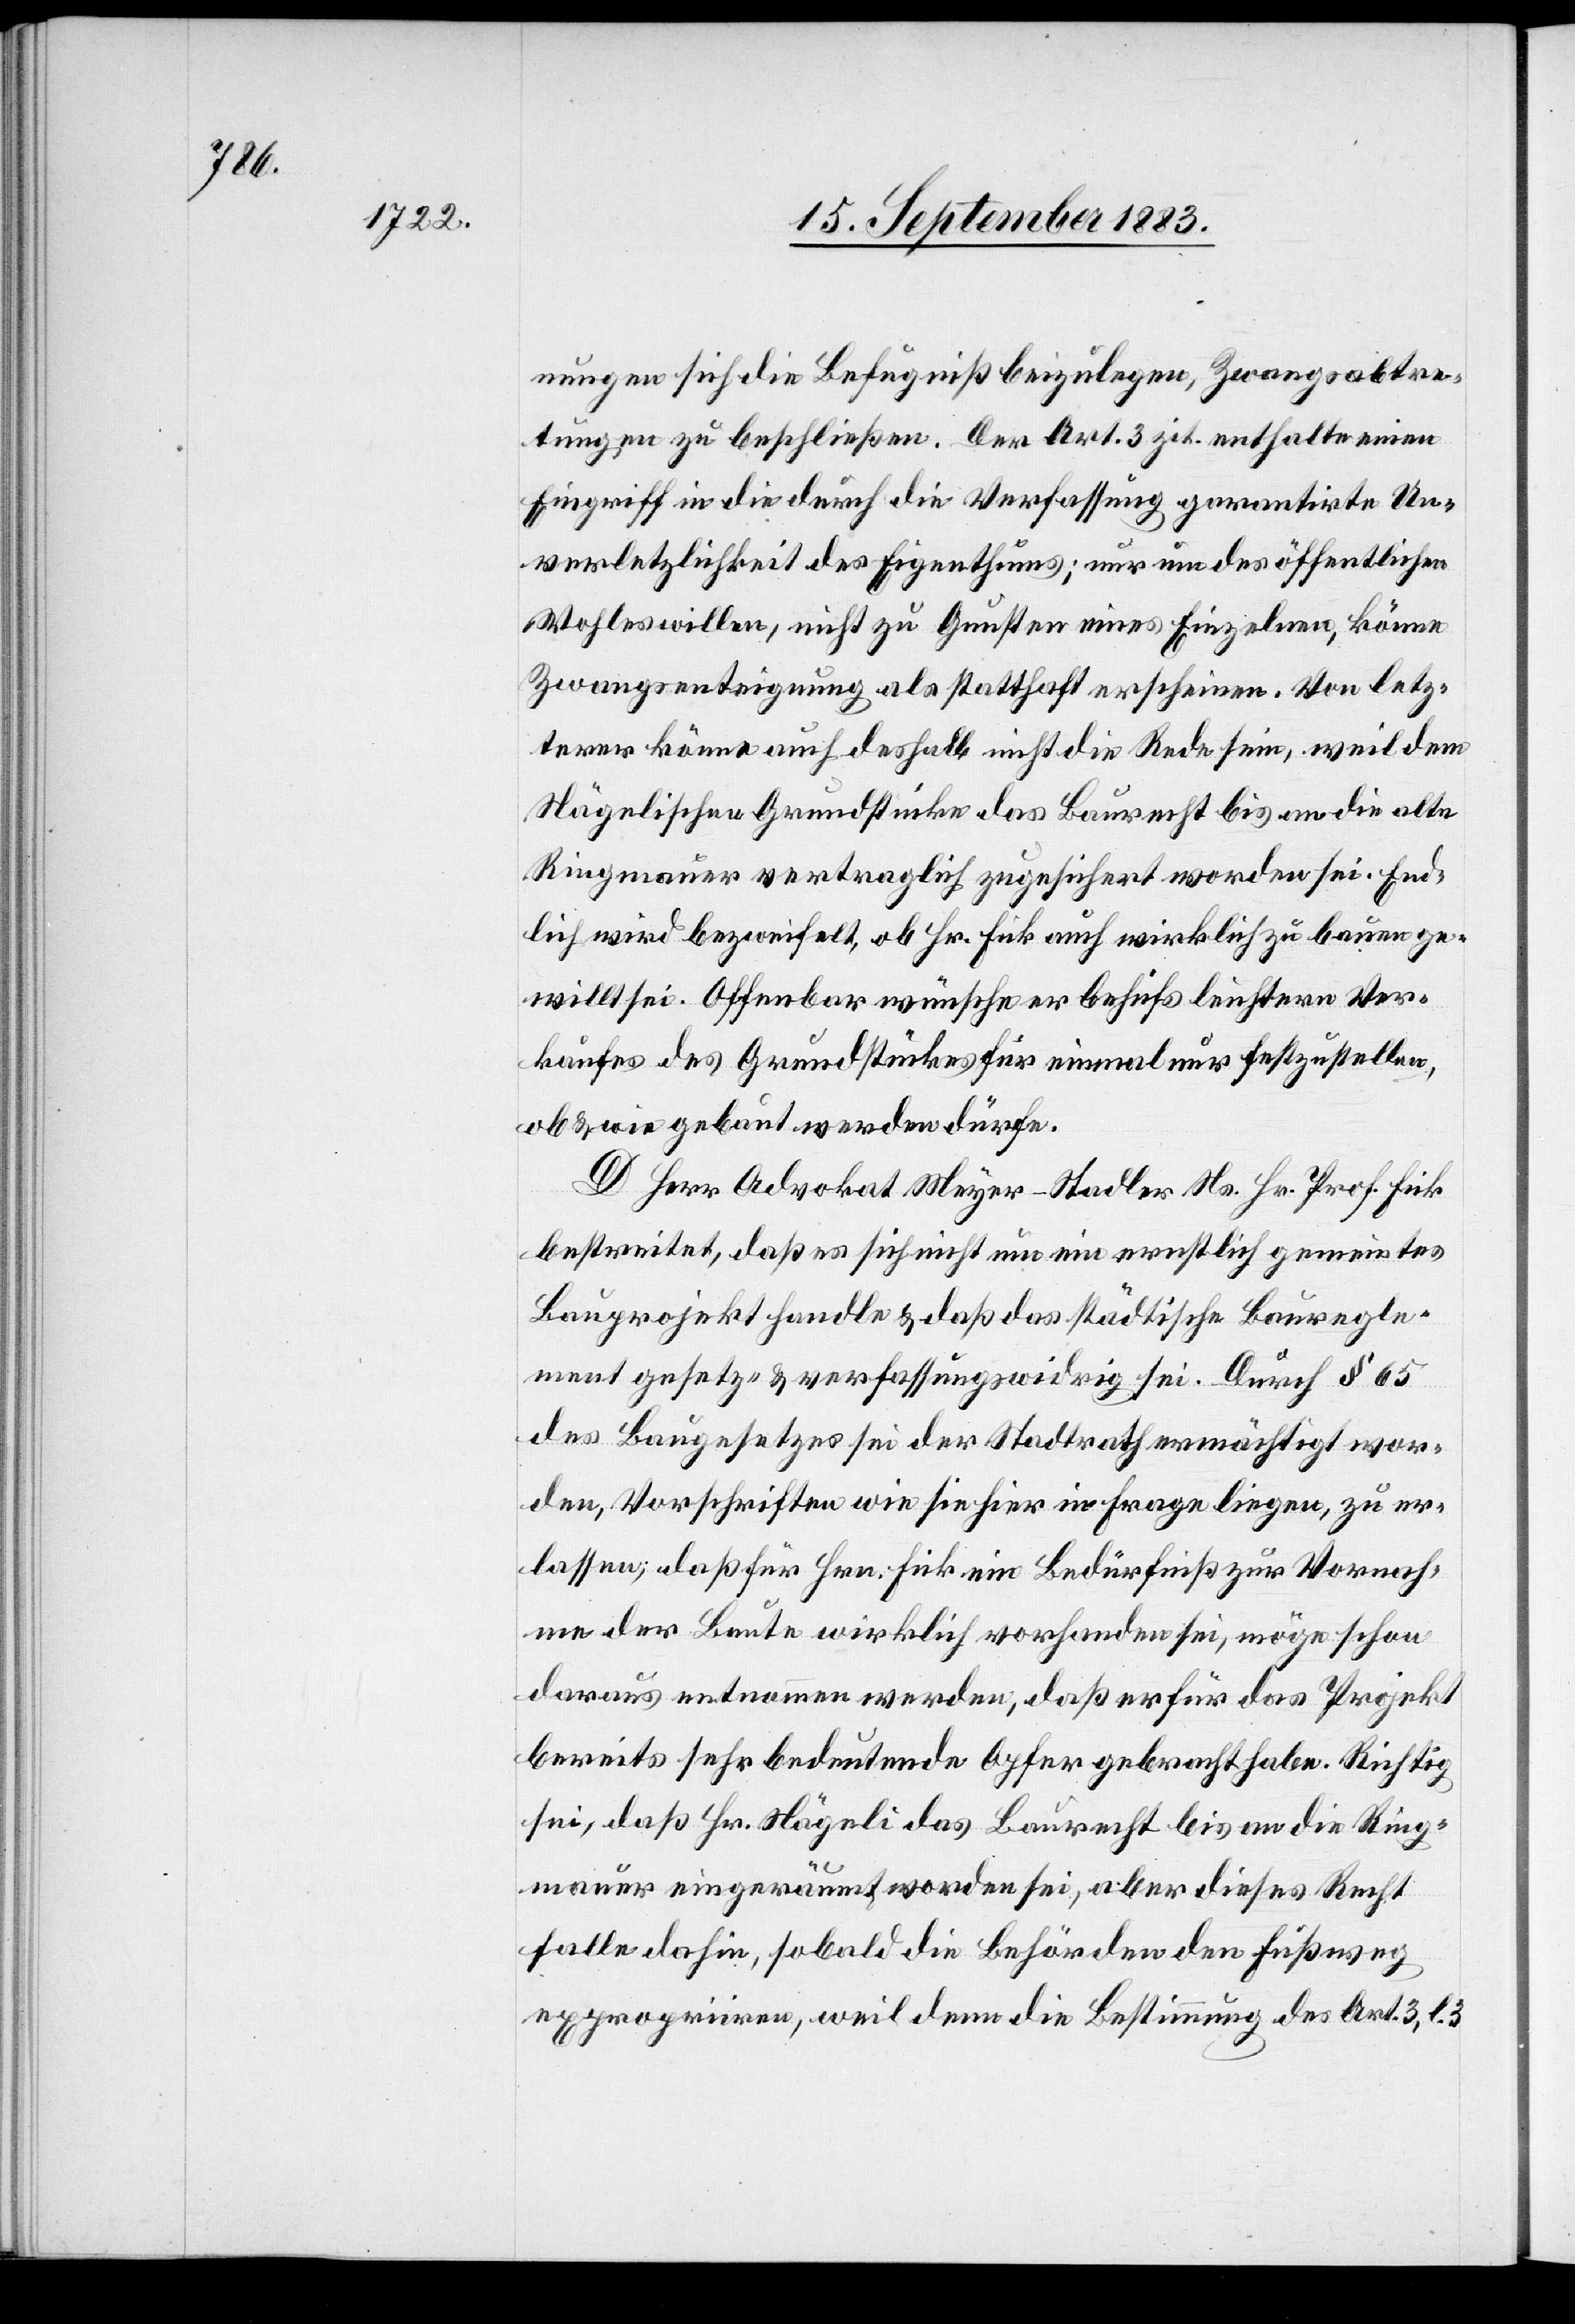
3, l.

nungen sich die Befugniß beizulegen, Zwangsabtre¬
tungen zu beschließen. Der Art. 3 zit. enthalte einen
Eingriff in die durch die Verfassung garantierte Un¬
verletzlichkeit des Eigenthums; nur um des öffentlichen
Wohles willen, nicht zu Gunsten eines Einzelnen, könne
Zwangsenteignung als statthaft erscheinen. Von letz¬
terer könne auch deshalb nicht die Rede sein, weil dem
Nägelischen Grundstücke das Baurecht bis an die alte
Ringmauer vertraglich zugesichert worden sei. End¬
lich wird bezweifelt, ob Hr. Fick auch wirklich zu bauen ge¬
willt sei. Offenbar wünsche er behufs leichtern Ver¬
kaufes des Grundstückes für einmal nur festzustellen,
ob & wie gebaut werden dürfe.
D. Herr Advokat Meyer-Stadler Ns. Hr. Prof. Fick
bestreitet, daß es sich nicht um ein ernstlich gemeintes
Bauprojekt handle & daß das städtische Bauregle¬
ment gesetz- & verfassungswidrig sei. Durch § 65
des Baugesetzes sei der Stadtrath ermächtigt wor¬
den, Vorschriften, wie sie hier in Frage liegen, zu er¬
lassen; daß für das Hrn. Fick ein Bedürfniß zur Vornah¬
me der Baute wirklich vorhanden sei, möge schon
daraus entnommen werden, daß er für das Projekt
bereits sehr bedeutende Opfer gebracht habe. Richtig
sei, daß Hr. Nägeli das Baurecht bis an die Ring¬
mauer eingeräumt worden sei, aber dieses Recht
falle dahin, sobald die Behörden den Fußweg